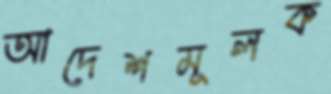
আদেশমূলক